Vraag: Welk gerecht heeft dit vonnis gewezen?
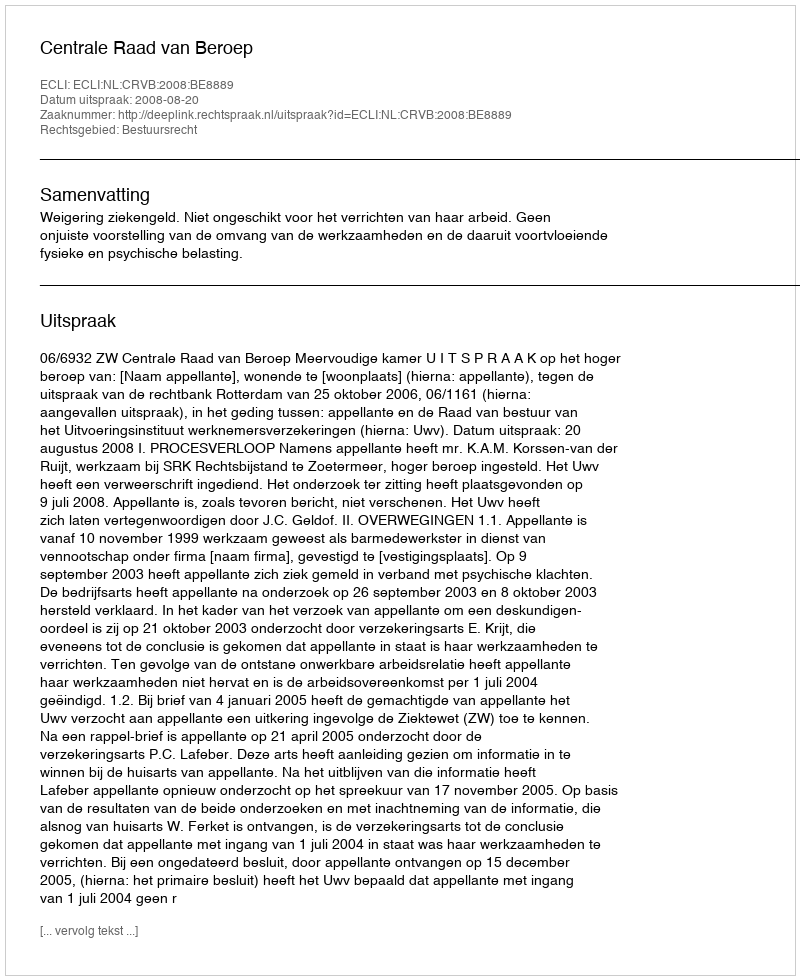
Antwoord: Centrale Raad van Beroep